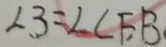
\angle 3 = \angle C F B